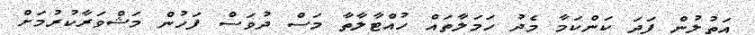
އަތުލުން ފަދަ ކަންކަމާ މެދު ހަމަލާތައް ހުއްޓާލާތާ މަސް ދުވަސް ފަހުން މަޝްވަރާކުރުމަށް